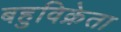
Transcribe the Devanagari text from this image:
बहुविक्रेता